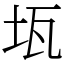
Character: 𤬪